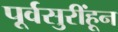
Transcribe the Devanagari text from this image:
पूर्वसुरींहून